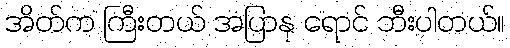
အိတ်က ကြီးတယ် အပြာနု ရောင် ဘီးပါတယ်။